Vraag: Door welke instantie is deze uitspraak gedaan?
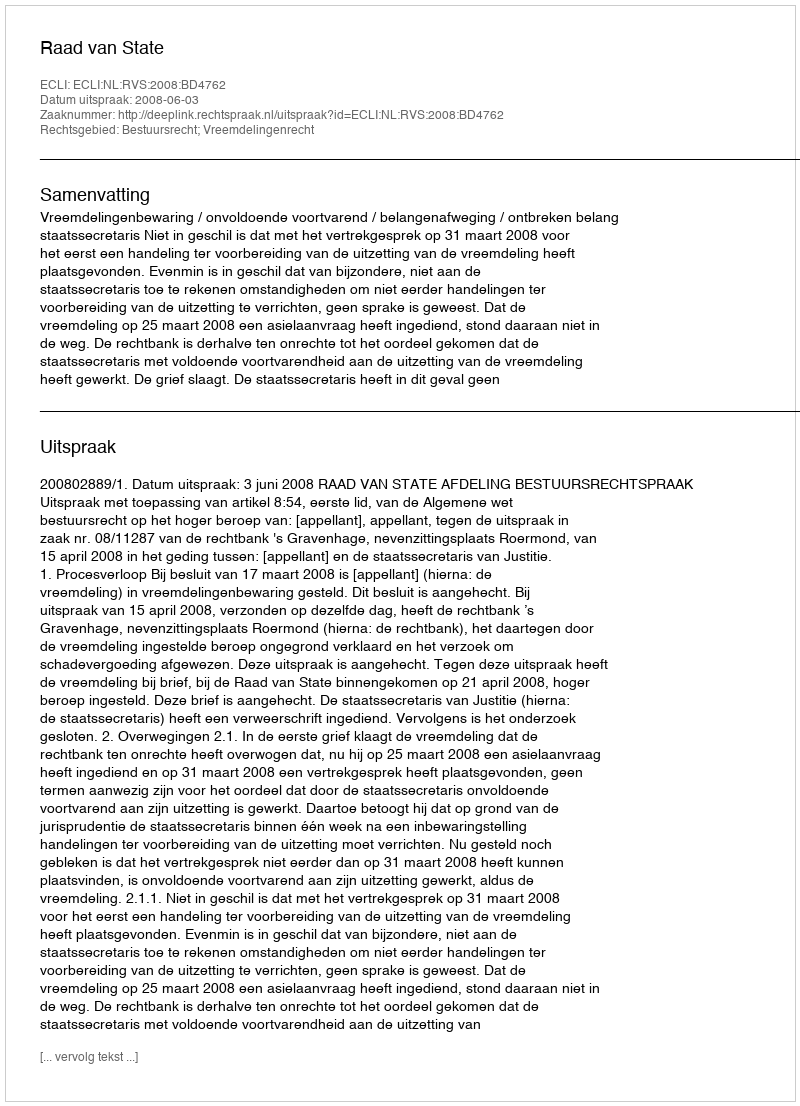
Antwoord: Raad van State